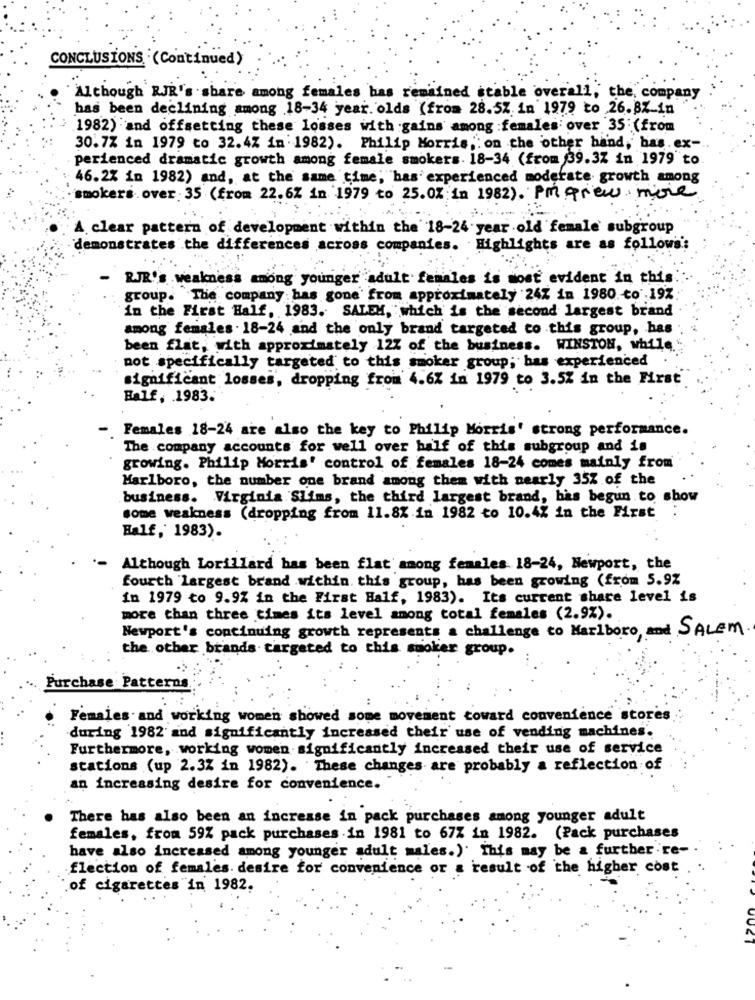
CONCLUSIONS (Continued)
Although RJR's share among females has remained stable overall, the, company
has been declining among 18-34 year olds (from 28.5% in 1979 to 26.87.in
1982) and offsetting these losses with gains among :females over 35 (from
30.7% in 1979 to 32.4% in 1982). Philip Morris ,. on the other hand, has. ex-
perienced dramatic growth among female smokers. 18-34 (from 39.3% in 1979"to.
46.2% in 1982) and, at the same time; has experienced moderate growth among
smokers over: 35 (from 22.6% in 1979 to 25.02 in 1982). Pm grew more
A clear pattern of development within the 18-24 year old female' subgroup
demonstrates the differences across companies. Highlights are as follows
-
RJR's weakness among younger adult females is most evident in this
group. The company has gone from approximately 24% in 1980. co .19%
in the First Half, 1983. SALEM, which is the second largest brand
among females . 18-24 and the only brand targeted co this group, has
been flat, with approximately 12% of the business. WINSTON, while
not specifically targeted to this smoker group; bas experienced
significant losses, dropping from 4.6% in 1979 to 3.5% in the First
Half, 1983.
-
Females 18-24 are also the key to Philip Morris' strong performance.
The company accounts for well over half of this subgroup and is
growing. Philip Morris' control of females 18-24 comes mainly from
Marlboro, the number one brand among them with nearly 35% of the
business. Virginia Slims, the third largest brand, has begun to show
some weakness (dropping from 11.8%.in 1982 to 10.4% in the First :
Half, 1983).
Although Lorillard has been flat among females 18-24, Newport, the
fourth largest brand within this group, has been growing (from 5.9%
in 1979 to 9.9% in the First Half, 1983). Its current share level is
more than three times its level among total females (2.9%).
Newport's continuing growth represents a challenge to Marlboro, and SALEM
the other brands targeted to this spoker group.
Purchase Patterns
Females and working women showed some movement toward convenience stores
during 1982 and significantly increased their use of vending machines.
Furthermore, working women significantly increased their use of service
stations (up 2.3Z in 1982). These changes are probably a reflection of
an increasing desire for convenience.
There has also been an increase in pack purchases among younger adult
females, from 59% pack purchases .in 1981 to 67% in 1982. (Pack purchases
have also increased among younger adult males.)' This may be & further're-
flection of females desire for convenience or a result of the higher cost
of cigarettes in 1982.
UUCT